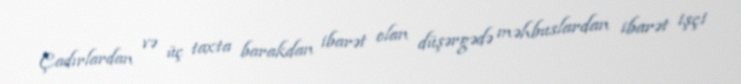
Çadırlardan və üç taxta barakdan ibarət olan düşərgədə məhbuslardan ibarət işçi